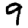
Digit: 9